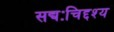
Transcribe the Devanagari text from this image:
सद्यःचिद्दश्य